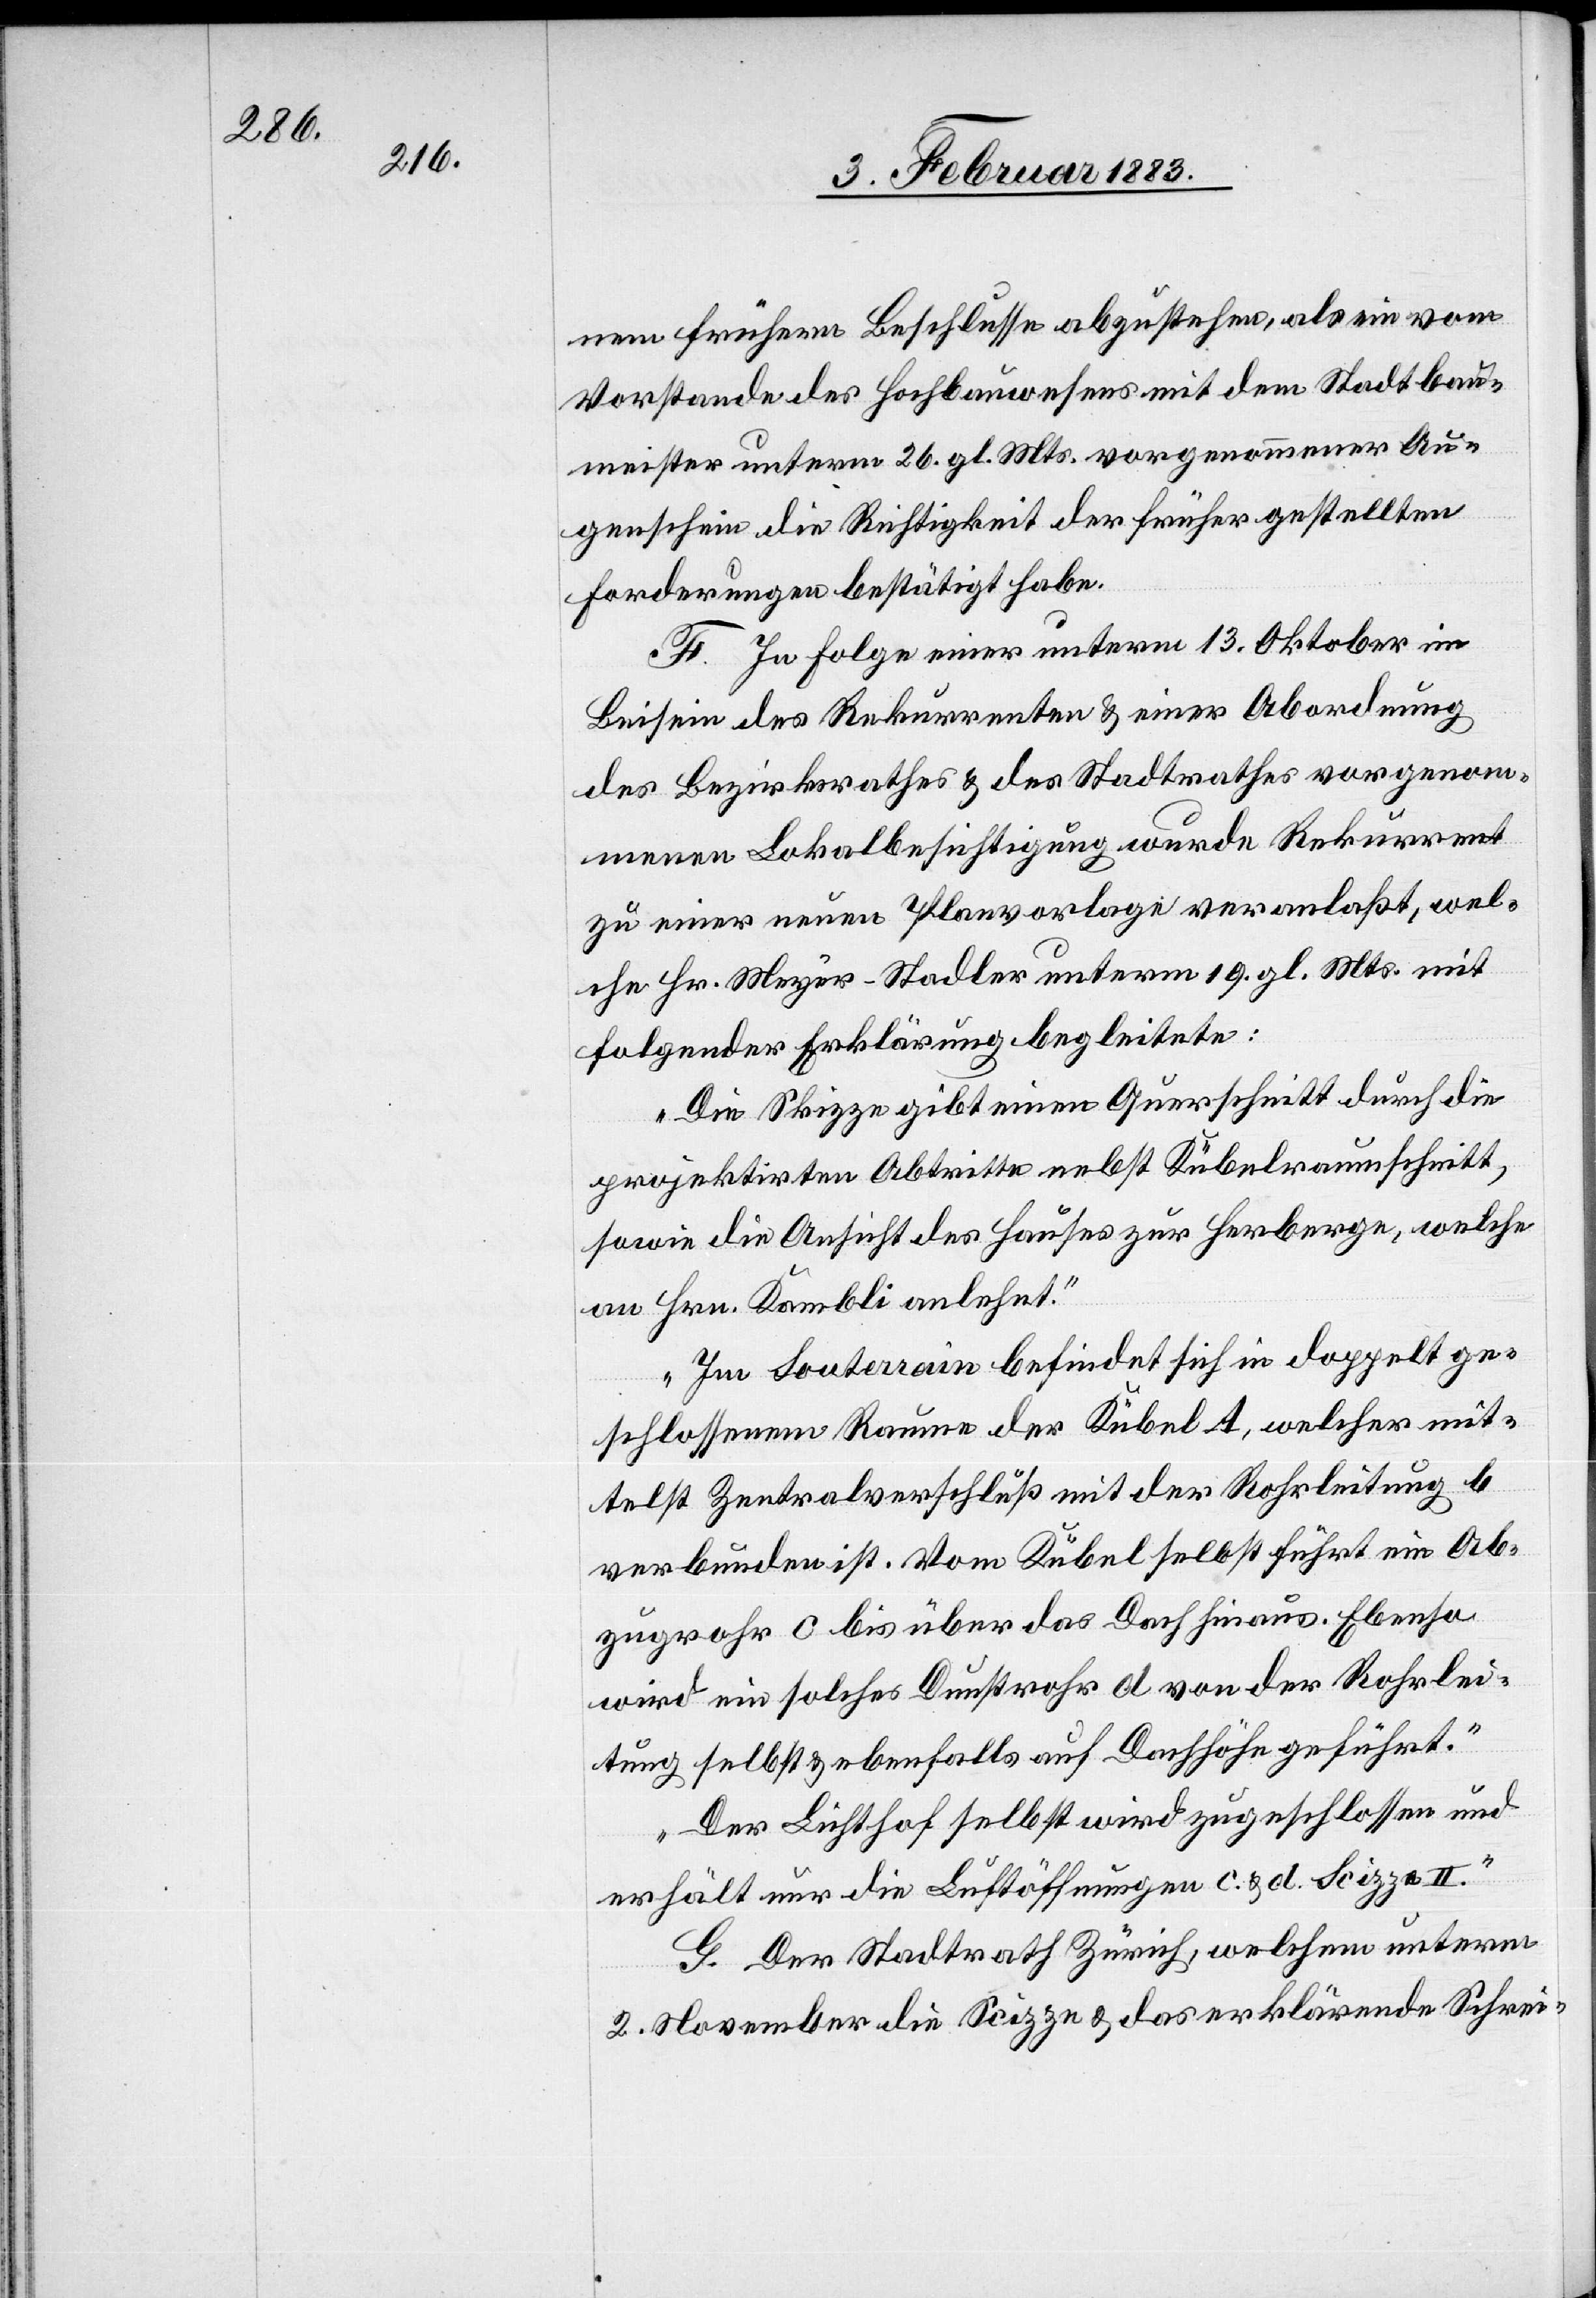
nem frühern Beschlusse abzustehen, als ein vom
Vorstande des Hochbauwesens mit dem Stadtbau¬
meister unterm 26. gl. Mts. vorgenommener Au¬
genschein die Richtigkeit der früher gestellten
Forderungen bestätigt habe.
F. In Folge einer unterm 13. Oktober im
Beisein des Rekurrenten & einer Abordnung
des Bezirksrathes & des Stadtrathes vorgenom¬
menen Lokalbesichtigung wurde Rekurrent
zu einer neuen Planvorlage veranlaßt, wel¬
che Hr. Meyer-Stadler unterm 19. gl. Mts. mit
folgender Erklärung begleitete:
„Die Skizze gibt einen Querschnitt durch die
projektirten Abtritte nebst Kübelraumschnitt,
sowie die Ansicht des Hauses zur Herberge, welche
an Hrn. Kambli anlehnt.
Im Souterrain befindet sich in doppelt ge¬
schlossenem Raume der Kübel A, welcher mit¬
telst Zentralverschluß mit der Rohrleitung b
verbunden ist. Vom Kübel selbst führt ein Ab¬
zugrohr c bis über das Dach hinaus. Ebenso
wird ein solches Dunstrohr d von der Rohrlei¬
tung selbst & ebenfalls auf Dachhöhe geführt.
Der Lichthof selbst wird zugeschlossen und
erhält nur die Luftöffnungen c. & d. Scizze II.“
G. Der Stadtrath Zürich, welchem unterm
2. November die Scizze & das erklärende Schrei-